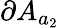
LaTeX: \partial A_{a_{2}}